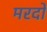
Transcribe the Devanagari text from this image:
मरदों